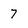
Character: 7